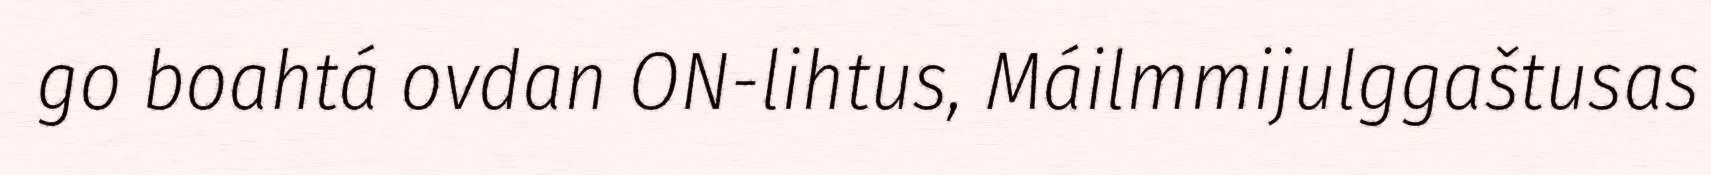
go boahtá ovdan ON-lihtus, Máilmmijulggaštusas